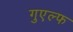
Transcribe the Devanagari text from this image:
गुएल्फ